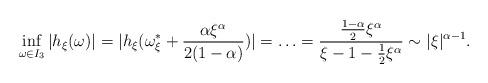
LaTeX: \begin{align*}\inf_{\omega \in I_3} | h_{\xi}(\omega)| = | h_{\xi}(\omega_{\xi}^{\ast} + \frac{\alpha \xi^{\alpha}}{2(1 - \alpha)}) | = \ldots = \frac{\frac{1-\alpha}{2}\xi^{\alpha}}{\xi - 1 - \frac{1}{2}\xi^{\alpha}} \sim |\xi |^{\alpha - 1}.\end{align*}